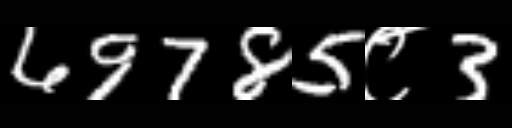
Text: 69785८3